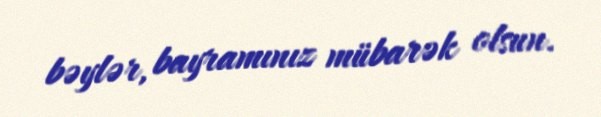
bəylər, bayramınız mübarək olsun.